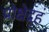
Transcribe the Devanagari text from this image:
प्रोक्षेद्गृहं